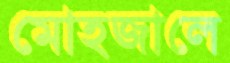
মোহজালে